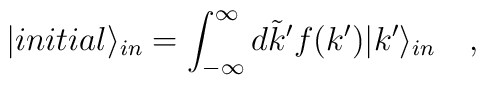
|initial\rangle _{in}=\int _{-\infty }^{\infty }d\tilde{k}^{\prime }f(k^{\prime })|k^{\prime }\rangle _{in}\quad ,